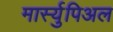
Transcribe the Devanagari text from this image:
मार्स्युपिअल